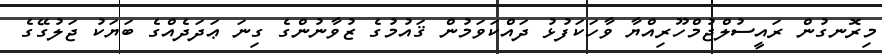
މިރޮނގުން ރައީސުލްޖުމްހޫރިއްޔާ ވާހަކަފުޅު ދައްކަވަމުން ޤައުމުގެ ޒުވާނުންގެ ގިނަ ޢަދަދެއްގެ ބަޔަކު ޖަލުގޭގެ